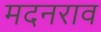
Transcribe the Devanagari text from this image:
मदनराव